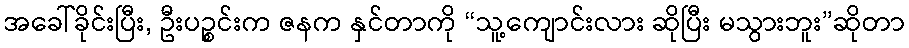
အခေါ်ခိုင်းပြီး, ဦးပဉ္စင်းက ဇနက နှင်တာကို “သူ့ကျောင်းလား ဆိုပြီး မသွားဘူး”ဆိုတာ